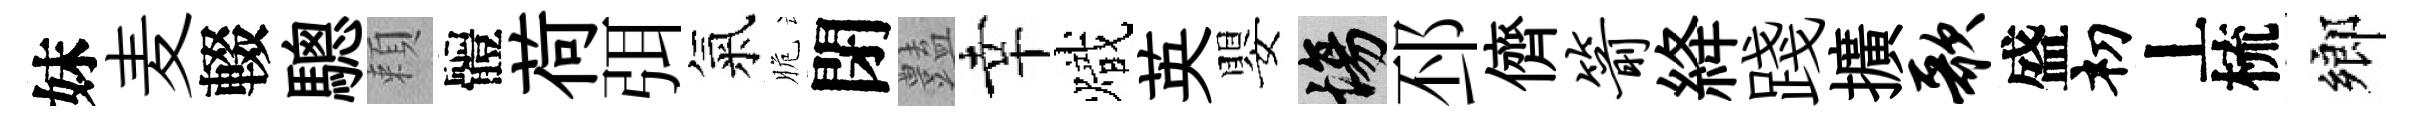
妹麦輟驄頼體荷弭氣脆閉𧰟幸熾英嬰場邳儕箭絳踐擴歌盛𥘉丄梳鄉